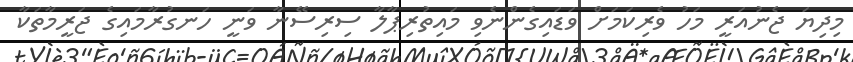
މިިދިޔަ ޖެނުއަރީ މަހު ވެރިކަަމަށް ވަޑައިގެންނެވި މައިތުރިޕާލާ ސިރިސޭނާ ވަނީ ހަނގުރާމައިގެ ޖަރީމާތަކާ